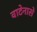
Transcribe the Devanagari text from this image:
वाटेनासे